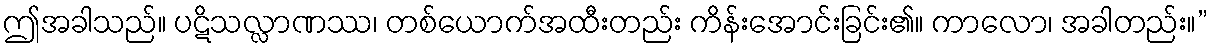
ဤအခါသည်။ ပဋိသလ္လာဏဿ၊ တစ်ယောက်အထီးတည်း ကိန်းအောင်းခြင်း၏။ ကာလော၊ အခါတည်း။”